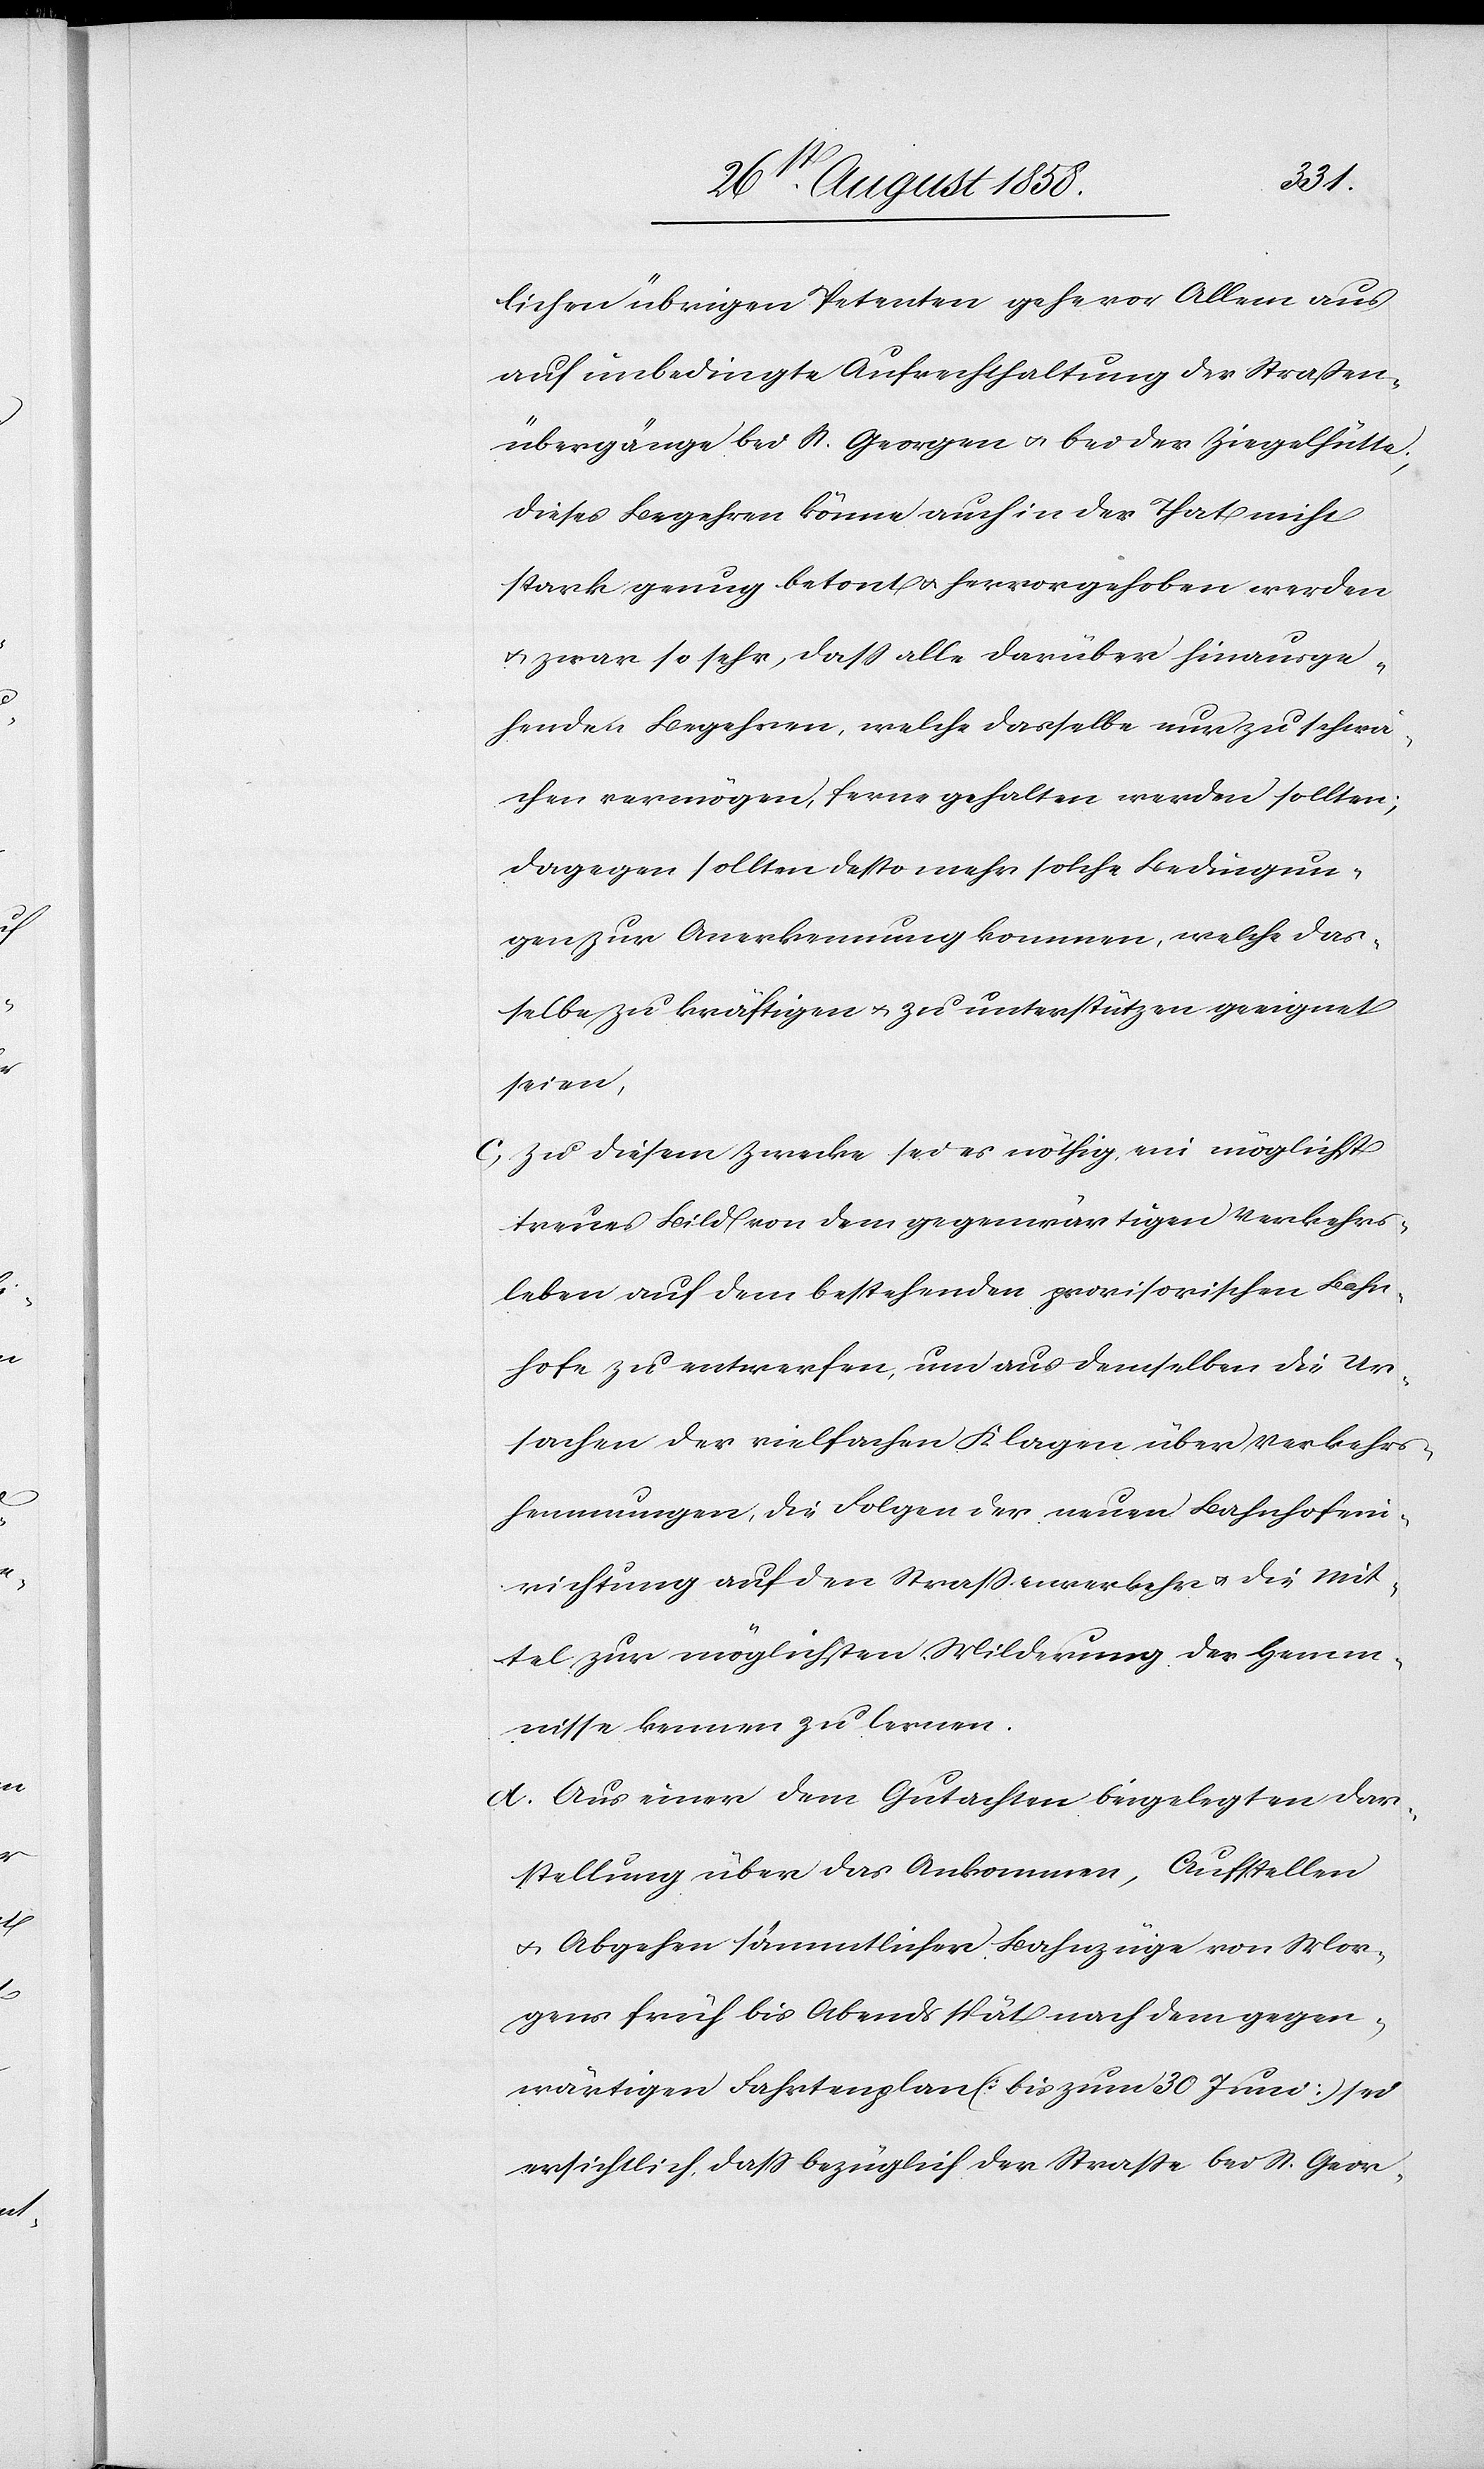
lichen übrigen Petenten gehe vor Allem aus
auf unbedingte Aufrechthaltung der Straßen¬
übergänge bei St. Georgen & bei der Ziegelhütte;
dieses Begehren könne auch in der That nicht
stark genug betont & hervorgehoben werden
& zwar so sehr, dass alle darüber hinausge¬
henden Begehren, welche dasselbe nur zu schwä¬
chen vermögen, ferne gehalten werden sollten;
dagegen sollten desto mehr solche Bedingun¬
gen zur Anerkennung kommen, welche das¬
selbe zu kräftigen & zu unterstützen geeignet
seien,
c. Zu diesem Zwecke sei es nöthig, ein möglichst
treues Bild von dem gegenwärtigen Verkehrs¬
leben auf dem bestehenden provisorischen Bahn¬
hofe zu entwerfen, um aus demselben die Ur¬
sachen der vielfachen Klagen über Verkehrs¬
hemmungen, die Folgen der neuen Bahnhofein¬
richtung auf den Strassenverkehr & die Mit¬
tel zur möglichsten Milderung der Hemm¬
nisse kennen zu lernen.
d. Aus einer dem Gutachten beigelegten Dar¬
stellung über das Ankommen, Aufstellen
& Abgehen sämmtlicher Bahnzüge von Mor¬
gens früh bis Abends spät nach dem gegen¬
wärtigen Fahrtenplan (bis zum 30 Juni) sei
ersichtlich, dass bezüglich der Strasse bei St. Geor-